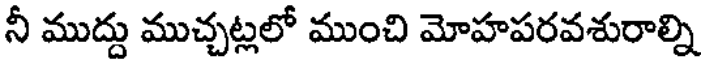
నీ ముద్దు ముచ్చట్లలో ముంచి మోహపరవశురాల్ని